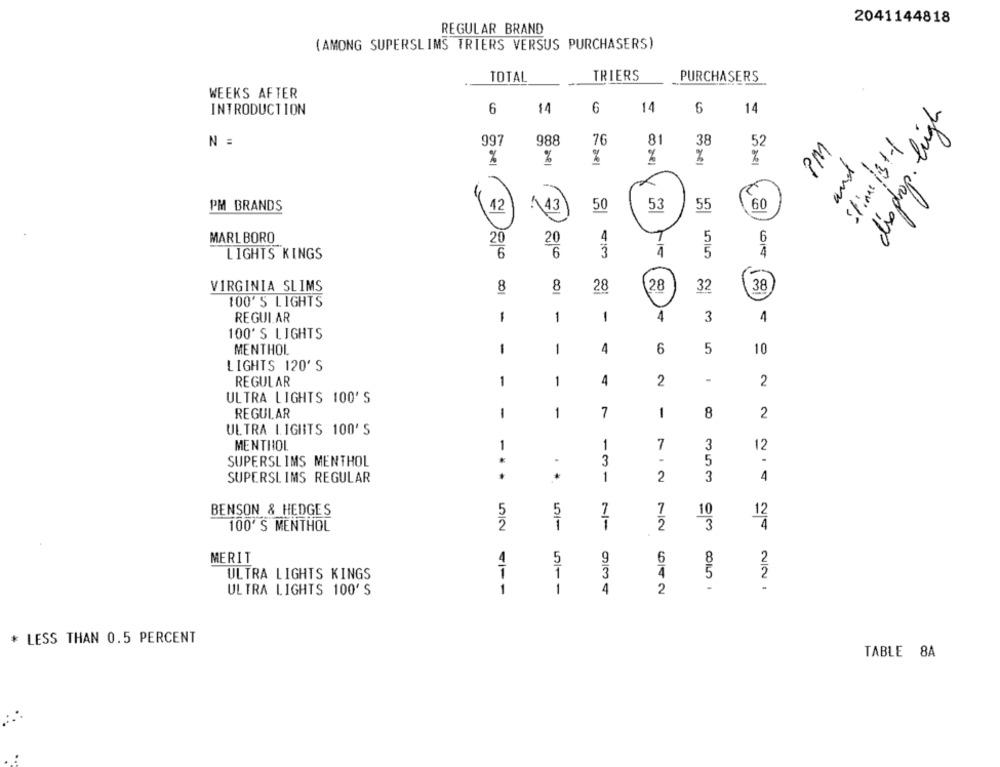
2041144818
REGULAR BRAND
(AMONG SUPERSLIMS TRIERS VERSUS PURCHASERS)
TRIERS
TOTAL
PURCHASERS
WEEKS AFTER
INTRODUCTION
6
11
6
14
6
14
disphop. ligh
Stine 13+1
N =
997
988
76
81
38
52
%
%
%
%
%
%
and
PM BRANDS
42
.43
50
53
55
60
MARLBORO
4
5
6
20
20
6
6
3
4
LIGHTS KINGS
28
VIRGINIA SLIMS
8
8
28
32
38
100'S LIGHTS
REGULAR
1
1
1
4
3
4
100' S LIGHTS
MENTHOL
1
1
4
6
5
10
LIGHTS 120'S
REGULAR
1
1
4
2
-
2
ULTRA LIGHTS 100'S
REGULAR
1
1
7
1
8
2
ULTRA LIGHTS 100'S
MENTHOL
1
7
3
12
1
SUPERSLIMS MENTHOL
*
5
.
3
.
SUPERSLIMS REGULAR
1
2
3
4
BENSON & HEDGES
5
5
7
7
10
12
100' S MENTHOL
2
2
3
MERIT
4
5
9
6
8
2
ULTRA LIGHTS KINGS
1
3
4
5
2
ULTRA LIGHTS 100'S
1
1
4
2
-
* LESS THAN 0.5 PERCENT
TABLE 8A
..